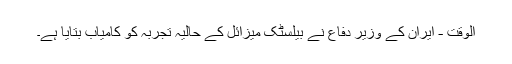
الوقت - ایران کے وزیر دفاع نے بیلسٹک ميزائل کے حالیہ تجربہ کو کامیاب بتایا ہے۔